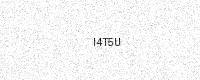
Text: I4T5U